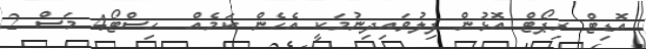
އޮޑިޓް ރިޕޯޓް އޮޅުން ފިލުވައިދިނުމަކީ އެހެން ކަމެއް  ހިސްޓޯ4 މަސް 2